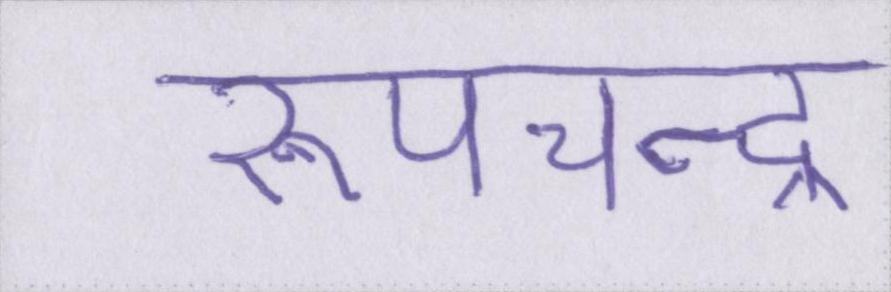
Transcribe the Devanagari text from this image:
रूपचन्द्र